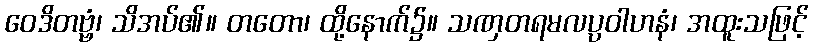
ဝေဒိတဗ္ဗံ၊ သိအပ်၏။ တတော၊ ထို့နောက်၌။ သဏှတရမလပ္ပဝါဟနံ၊ အထူးသဖြင့်